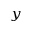
_ y